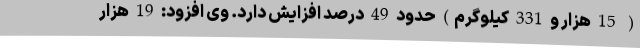
( 15 هزار و 331 کیلوگرم) حدود 49 درصد افزایش دارد. وی افزود: 19 هزار